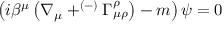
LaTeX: \left( i \beta ^ { \mu } \left( \nabla _ { \mu } + ^ { \left( - \right) } \Gamma _ { \mu \rho } ^ { \rho } \right) - m \right) \psi = 0